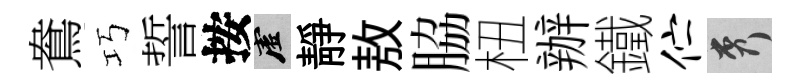
鴦巧誓按虚靜敖脇杻辦鐵伫秀